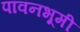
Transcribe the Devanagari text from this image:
पावनभूमी